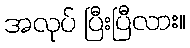
အလုပ် ပြီးပြီလား။